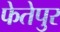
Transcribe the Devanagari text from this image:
फेतेपुर